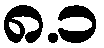
၈.၁